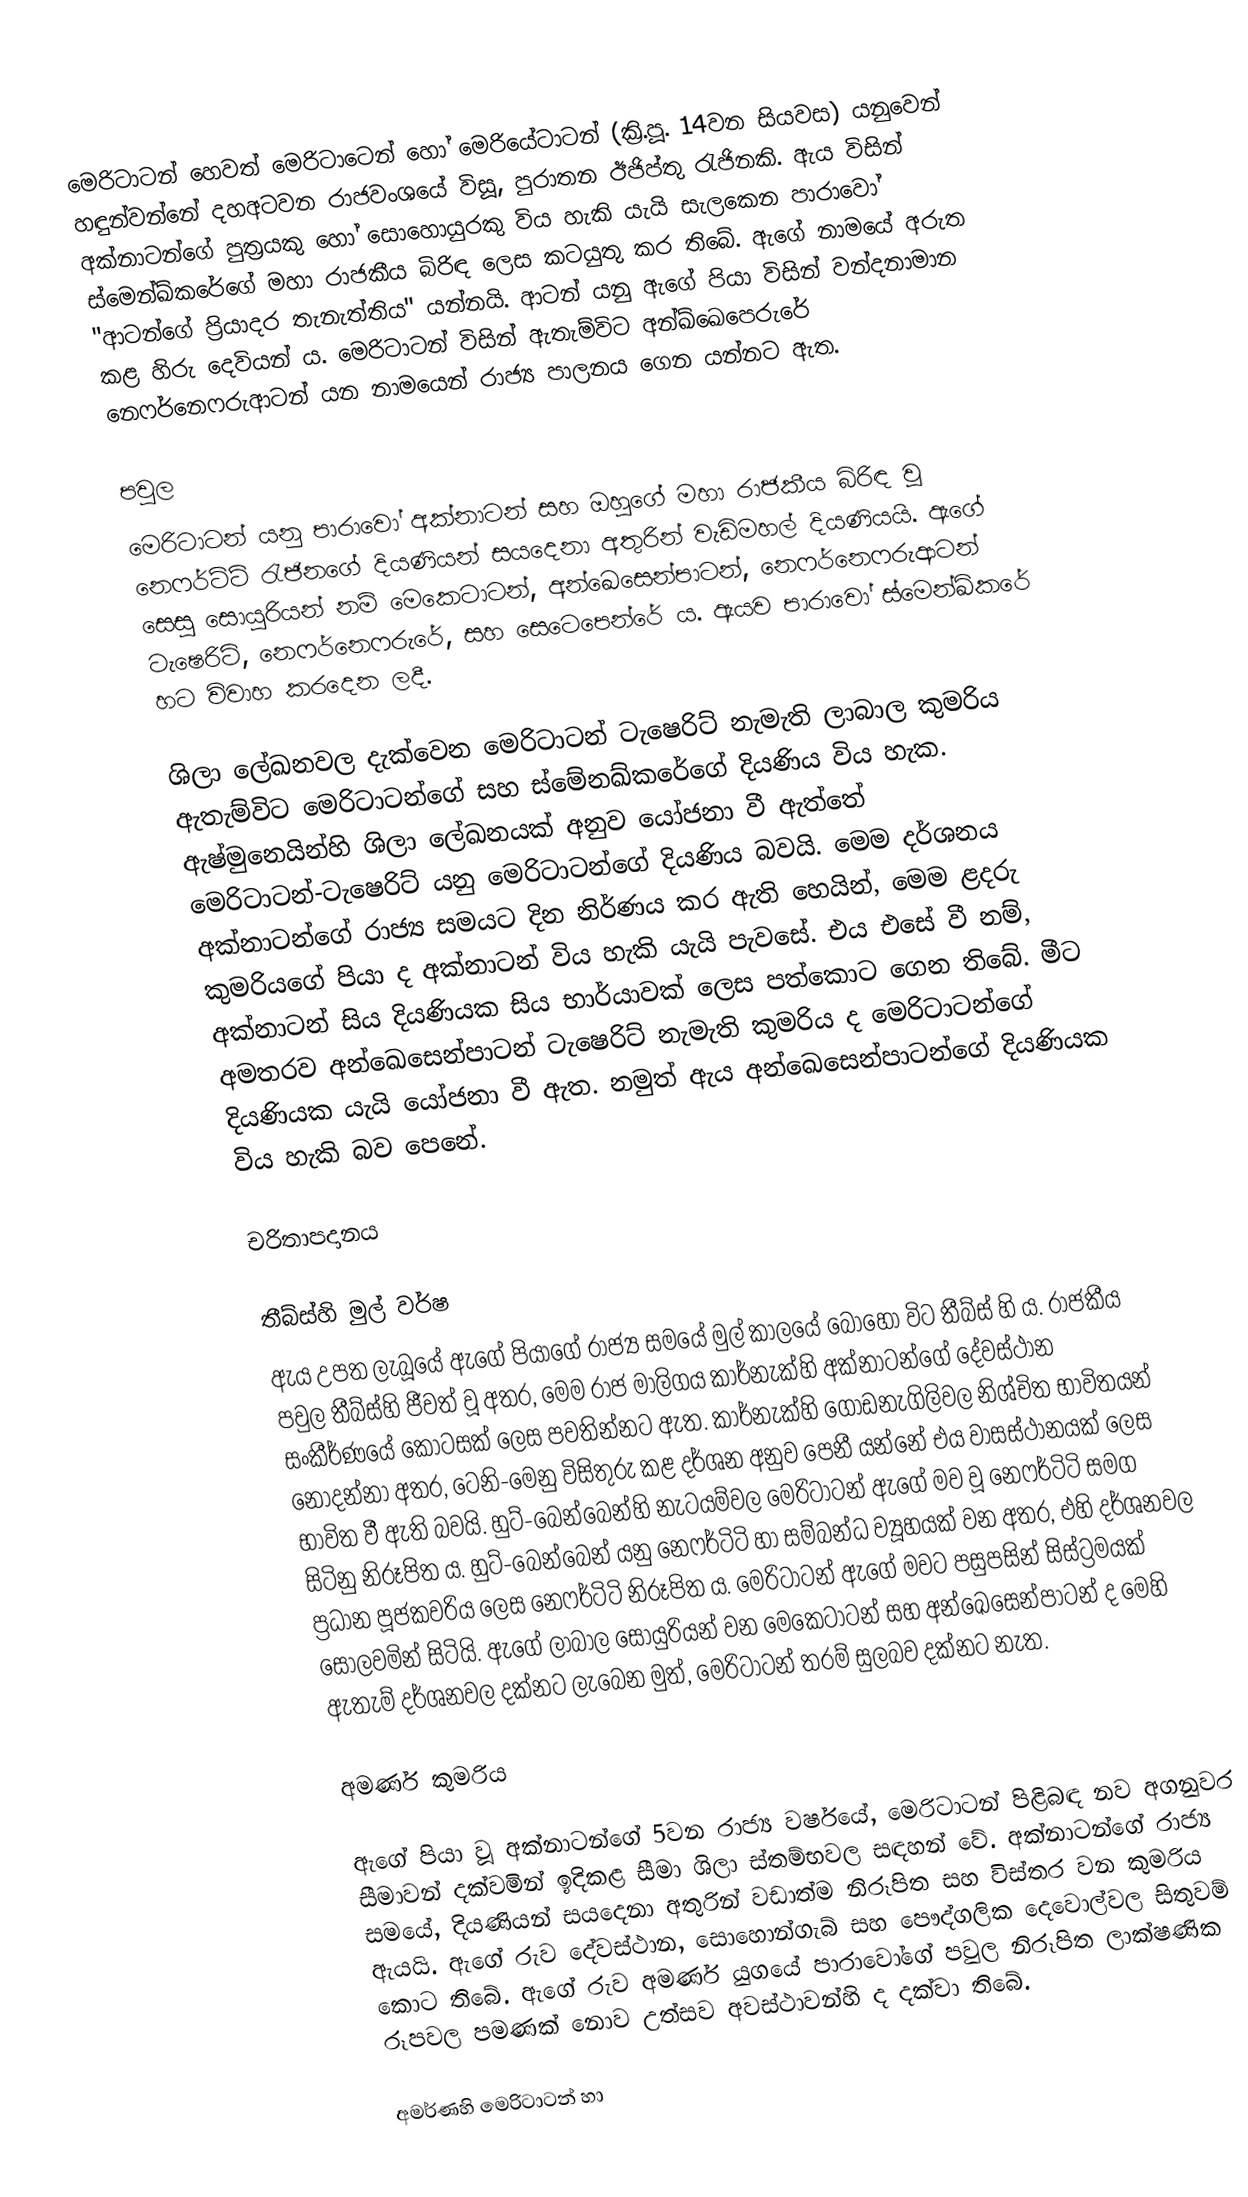
මෙරිටාටන් හෙවත් මෙරිටාටෙන් හෝ මෙරියේටාටන් (ක්‍රි.පූ. 14වන සියවස) යනුවෙන් හඳුන්වන්නේ දහඅටවන රාජවංශයේ විසූ, පුරාතන ඊජිප්තු රැජිනකි. ඇය විසින් අක්නාටන්ගේ පුත්‍රයකු හෝ සොහොයුරකු විය හැකි යැයි සැලකෙන පාරාවෝ ස්මෙන්ඛ්කරේගේ මහා රාජකීය බිරිඳ ලෙස කටයුතු කර තිබේ. ඇගේ නාමයේ අරුත "ආටන්ගේ ප්‍රියාදර තැනැත්තිය" යන්නයි. ආටන් යනු ඇගේ පියා විසින් වන්දනාමාන කළ හිරු දෙවියන් ය. මෙරිටාටන් විසින් ඇතැම්විට අන්‍ඛ්ඛෙපෙරුරේ නෙෆර්නෙෆරුආටන් යන නාමයෙන් රාජ්‍ය පාලනය ගෙන යන්නට ඇත.

පවුල
මෙරිටාටන් යනු පාරාවෝ අක්නාටන් සහ ඔහුගේ මහා රාජකීය බිරිඳ වූ නෙෆර්ටිටි රැජිනගේ දියණියන් සයදෙනා අතුරින් වැඩිමහල් දියණියයි. ඇගේ සෙසු සොයුරියන් නම් මෙකෙටාටන්, අන්ඛෙසෙන්පාටන්, නෙෆර්නෙෆරුආටන් ටැෂෙරිට්, නෙෆර්නෙෆරුරේ, සහ සෙටෙපෙන්රේ ය. ඇයව පාරාවෝ ස්මෙන්ඛ්කරේ හට විවාහ කරදෙන ලදී.

ශිලා ලේඛනවල දැක්වෙන මෙරිටාටන් ටැෂෙරිට් නැමැති ලාබාල කුමරිය ඇතැම්විට මෙරිටාටන්ගේ සහ ස්මේනඛ්කරේගේ දියණිය විය හැක.  ඇෂ්මුනෙයින්හි ශිලා ලේඛනයක් අනුව යෝජනා වී ඇත්තේ මෙරිටාටන්-ටැෂෙරිට් යනු මෙරිටාටන්ගේ දියණිය බවයි. මෙම දර්ශනය අක්නාටන්ගේ රාජ්‍ය සමයට දින නිර්ණය කර ඇති හෙයින්, මෙම ළදරු කුමරිය‍ගේ පියා ද අක්නාටන් විය හැකි යැයි ‍පැවසේ. එය එසේ වී නම්, අක්නාටන් සිය දියණියක සිය භාර්යාවක් ලෙස පත්කොට ගෙන තිබේ. මීට අමතරව අන්ඛෙසෙන්පාටන් ටැෂෙරිට් නැමැති කුමරිය ද මෙරිටාටන්ගේ දියණියක යැයි යෝජනා වී ඇත. නමුත් ඇය අන්ඛෙසෙන්පාටන්ගේ දියණියක විය හැකි බව පෙනේ.

චරිතාපදානය

තීබ්ස්හි මුල් වර්ෂ
ඇය උපත ලැබූයේ ඇගේ පියාගේ රාජ්‍ය සමයේ මුල් කාලයේ බොහෝ විට තීබ්ස් හි ය. රාජකීය පවුල තීබ්ස්හි ජීවත් වූ අතර, මෙම රාජ මාලිගය කාර්නැක්හි අක්නාටන්ගේ දේවස්ථාන සංකීර්ණයේ කොටසක් ලෙස පවතින්නට ඇත. කාර්නැක්හි ‍ගොඩනැගිලිවල නිශ්චිත භාවිතයන් නොදන්නා අතර, ටෙනි-මෙනු විසිතුරු කළ දර්ශන අනුව පෙනී යන්නේ එය වාසස්ථානයක් ලෙස භාවිත වී ඇති බවයි. හුට්-බෙන්බෙන්හි නැටයම්වල මෙරිටාටන් ඇගේ මව වූ නෙෆර්ටිටි සමග සිටිනු නිරූපිත ය. හුට්-බෙන්බෙන් යනු නෙෆර්ටිටි හා සම්බන්ධ ව්‍යූහයක් වන අතර, එහි දර්ශනවල ප්‍රධාන පූජකවරිය ලෙස නෙෆර්ටිටි නිරූපිත ය. මෙරිටාටන් ඇගේ මවට පසුපසින් සිස්ට්‍රමයක් සොලවමින් සිටියි. ඇගේ ලාබාල සොයුරියන් වන මෙකෙටාටන් සහ අන්ඛෙසෙන්පාටන් ද මෙහි ඇතැම් දර්ශනවල දක්නට ලැබෙන මුත්, මෙරිටාටන් තරම් සුලබව දක්නට නැත.

අමර්ණ කුමරිය

ඇගේ පියා වූ අක්නාටන්ගේ 5වන රාජ්‍ය වර්ෂයේ, මෙරිටාටන් පිළිබඳ නව අගනුවර සීමාවන් දක්වමින් ඉදිකළ සීමා ශිලා ස්තම්භ‍වල සඳහන් වේ. අක්නාටන්ගේ රාජ්‍ය සමයේ, දියණියන් සයදෙනා අතුරින් වඩාත්ම නිරූපිත සහ විස්තර වන කුමරිය ඇයයි. ඇගේ රුව දේවස්ථාන, සොහොන්ගැබ් සහ පෞද්ගලික දෙවොල්වල සිතුවම් කොට තිබේ. ඇගේ රුව අමර්ණ යුගයේ පාරාවෝගේ පවුල නිරූපිත ලාක්ෂණික රූපවල පමණක් නොව උත්සව අවස්ථාවන්හි ද දක්වා තිබේ.

අමර්ණහි මෙරිටාටන් හා